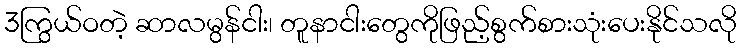
3ကြွယ်ဝတဲ့ ဆာလမွန်ငါး၊ တူနာငါးတွေကိုဖြည့်စွက်စားသုံးပေးနိုင်သလို